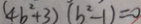
( 4 b ^ { 2 } + 3 ) ( b ^ { 2 } - 1 ) = 0